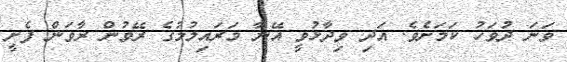
ވަނަ ދުވަހު ކަމަށެވެ. އަދި ވިދާޅުވީ އޭނާ މަރައިލުމުގެ ރޭވުން ރާވަން ފެށީ